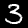
Digit: 3